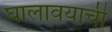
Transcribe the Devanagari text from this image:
घालावयाची